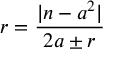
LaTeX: r = { \frac { | n - a ^ { 2 } | } { 2 a \pm r } }